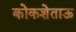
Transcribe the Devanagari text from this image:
कोकशेताऊ